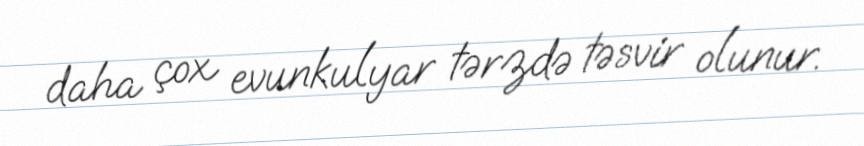
daha çox evunkulyar tərzdə təsvir olunur.